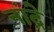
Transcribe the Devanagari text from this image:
नांद्रे